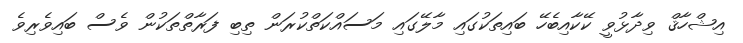
އިޝްހާޤް ވިދާޅުވީ ކޭކާއިބެހޭ ބައިތަކުގައި މާލޭގައި މަސައްކަތްކުރަން ތިބި ފަރާތްތަކުން ވެސް ބައިވެރިވެ